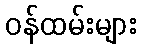
ဝန်ထမ်းများ